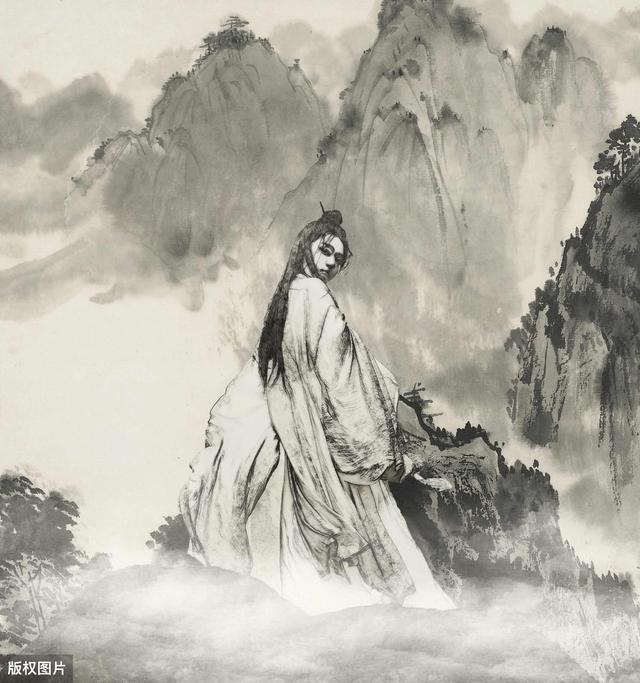
后庭花一曲，幽怨不堪听。